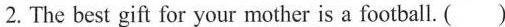
2.The best gift for your mother is a football. ( )